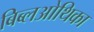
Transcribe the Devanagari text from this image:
बिब्लओथिका